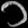
Digit: ၁